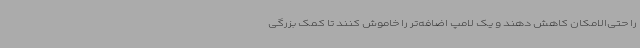
را حتی‌الامکان کاهش دهند و یک لامپ اضافه‌تر را خاموش کنند تا کمک بزرگی